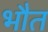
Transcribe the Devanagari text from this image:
भौत